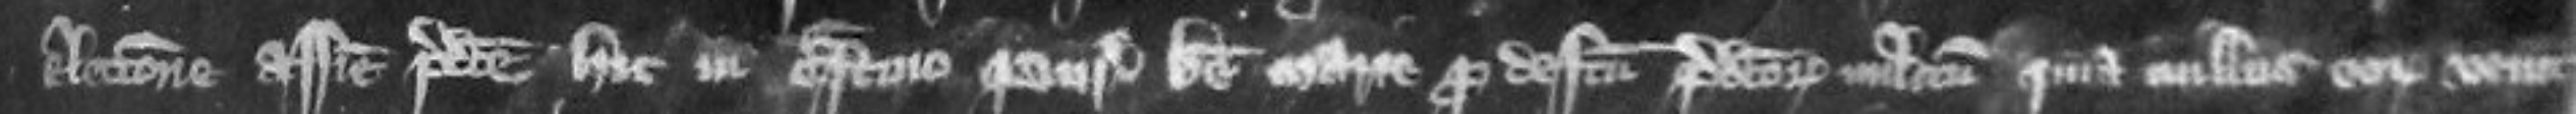
electione assise predicte hic in crastino Purificationis Beate Marie pro defectu predictorum militum quia nullus eorum venit